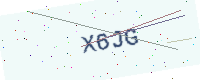
Text: X6JG